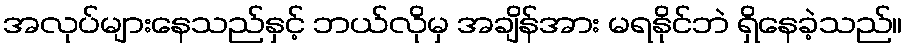
အလုပ်များနေသည်နှင့် ဘယ်လိုမှ အချိန်အား မရနိုင်ဘဲ ရှိနေခဲ့သည်။